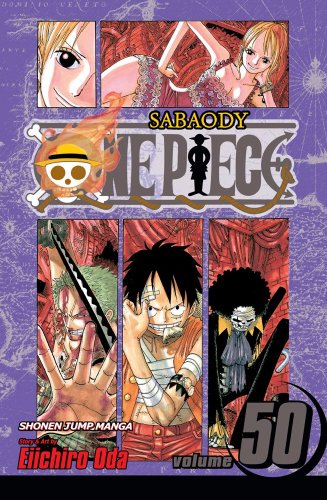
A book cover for One Piece, Vol. 50; Eiichiro Oda; Comics & Graphic Novels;